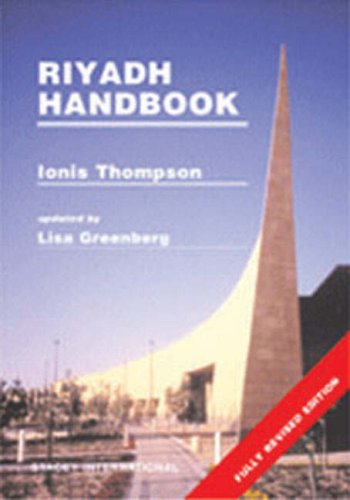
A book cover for Riyadh Handbook; Ionis Thompson; Travel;